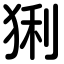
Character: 猁